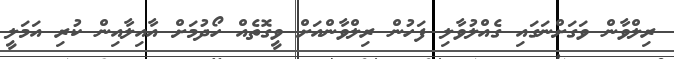
ރިލްވާން ވަގަށްނަގައި ގެއްލުވާލި ފަހުން ރިލްވާންއަށް ވީގޮތެއް ހޯދުމަށް އާއިލާއިން ކުރި އަމަލީ